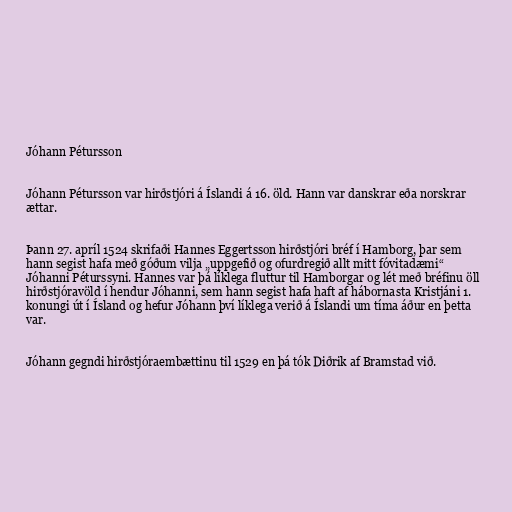
Jóhann Pétursson

Jóhann Pétursson var hirðstjóri á Íslandi á 16. öld. Hann var danskrar eða norskrar
ættar.

Þann 27. apríl 1524 skrifaði Hannes Eggertsson hirðstjóri bréf í Hamborg, þar sem
hann segist hafa með góðum vilja „uppgefið og ofurdregið allt mitt fóvitadæmi“
Jóhanni Péturssyni. Hannes var þá líklega fluttur til Hamborgar og lét með bréfinu öll
hirðstjóravöld í hendur Jóhanni, sem hann segist hafa haft af hábornasta Kristjáni 1.
konungi út í Ísland og hefur Jóhann því líklega verið á Íslandi um tíma áður en þetta
var.

Jóhann gegndi hirðstjóraembættinu til 1529 en þá tók Diðrik af Bramstad við.